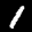
Label: 1